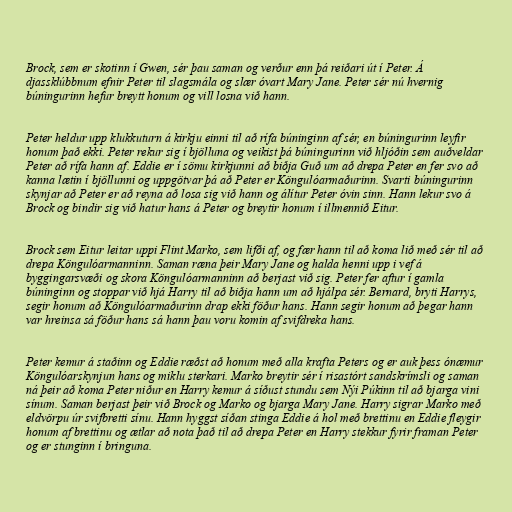
Brock, sem er skotinn í Gwen, sér þau saman og verður enn þá reiðari út í Peter. Á
djassklúbbnum efnir Peter til slagsmála og slær óvart Mary Jane. Peter sér nú hvernig
búningurinn hefur breytt honum og vill losna við hann.

Peter heldur upp klukkuturn á kirkju einni til að rífa búninginn af sér, en búningurinn leyfir
honum það ekki. Peter rekur sig í bjölluna og veikist þá búningurinn við hljóðin sem auðveldar
Peter að rífa hann af. Eddie er í sömu kirkjunni að biðja Guð um að drepa Peter en fer svo að
kanna lætin í bjöllunni og uppgötvar þá að Peter er Köngulóarmaðurinn. Svarti búningurinn
skynjar að Peter er að reyna að losa sig við hann og álítur Peter óvin sinn. Hann lekur svo á
Brock og bindir sig við hatur hans á Peter og breytir honum í illmennið Eitur.

Brock sem Eitur leitar uppi Flint Marko, sem lifði af, og fær hann til að koma lið með sér til að
drepa Köngulóarmanninn. Saman ræna þeir Mary Jane og halda henni upp i vef á
byggingarsvæði og skora Köngulóarmanninn að berjast við sig. Peter fer aftur í gamla
búninginn og stoppar við hjá Harry til að biðja hann um að hjálpa sér. Bernard, bryti Harrys,
segir honum að Köngulóarmaðurinn drap ekki föður hans. Hann segir honum að þegar hann
var hreinsa sá föður hans sá hann þau voru komin af svifdreka hans.

Peter kemur á staðinn og Eddie ræðst að honum með alla krafta Peters og er auk þess ónæmur
Köngulóarskynjun hans og miklu sterkari. Marko breytir sér í risastórt sandskrímsli og saman
ná þeir að koma Peter niður en Harry kemur á síðust stundu sem Nýi Púkinn til að bjarga vini
sínum. Saman berjast þeir við Brock og Marko og bjarga Mary Jane. Harry sigrar Marko með
eldvörpu úr svifbretti sínu. Hann hyggst síðan stinga Eddie á hol með brettinu en Eddie fleygir
honum af brettinu og ætlar að nota það til að drepa Peter en Harry stekkur fyrir framan Peter
og er stunginn í bringuna.